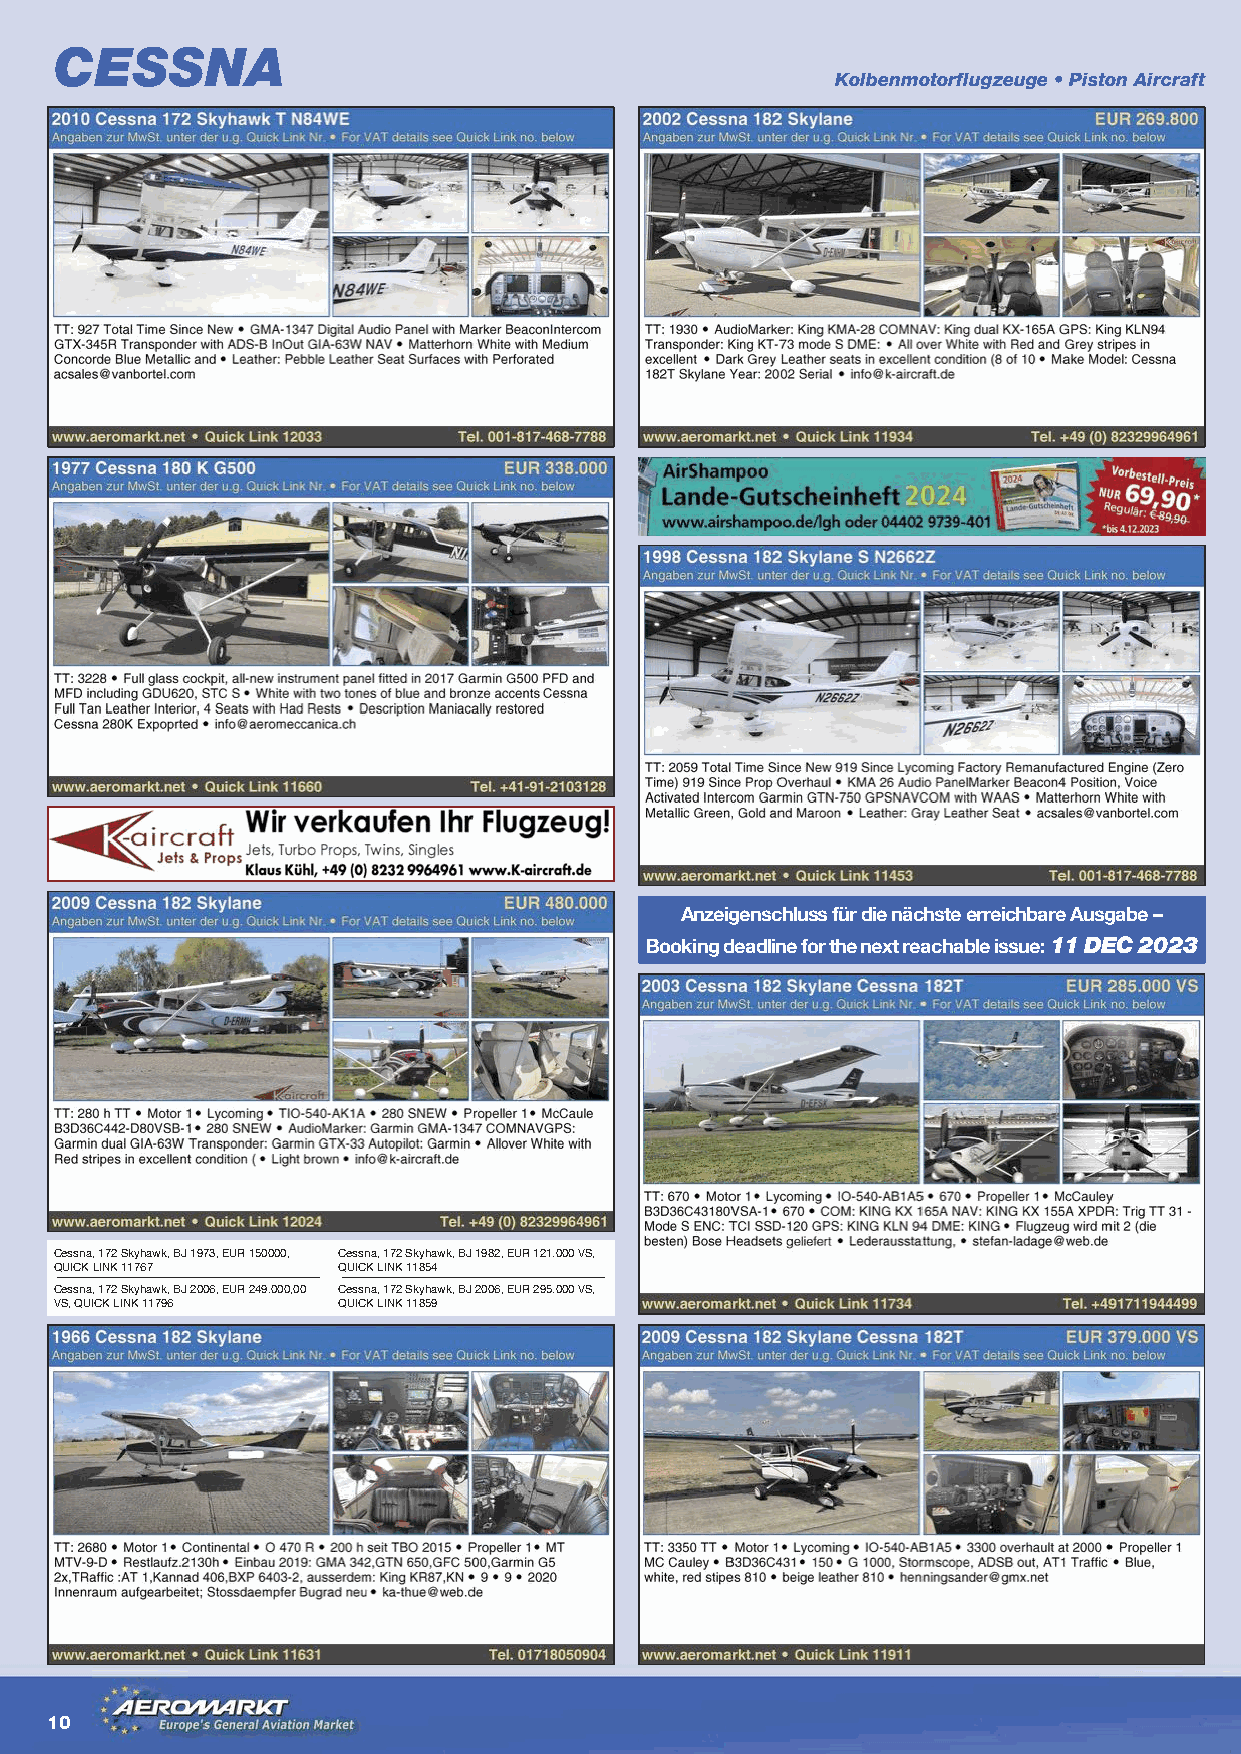
CESSNA
 Kolbenmotorflugzeuge • Piston Aircraft
 Anzeigenschluss für die nächste erreichbare Ausgabe –
 Booking deadline for the next reachable issue: 11 DEC 2023
 Cessna, 172 Skyhawk, BJ 1973, EUR 150000, Cessna, 172 Skyhawk, BJ 1982, EUR 121.000 VS,
 QUICK LINK 11767  QUICK LINK 11854
 Cessna, 172 Skyhawk, BJ 2006, EUR 249.000,00 Cessna, 172 Skyhawk, BJ 2006, EUR 295.000 VS,
 VS, QUICK LINK 11796 QUICK LINK 11859
 10